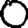
Digit: 0